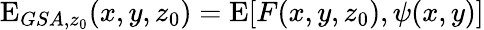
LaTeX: \mathrm{E}_{GSA,z_{0}}(x,y,z_{0})=\mathrm{E}[F(x,y,z_{0}),\psi(x,y)]